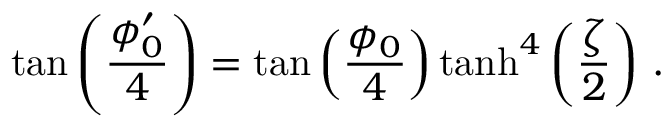
\tan \left( \frac { \phi _ { 0 } ^ { \prime } } { 4 } \right) = \tan \left( \frac { \phi _ { 0 } } { 4 } \right) \operatorname { t a n h } ^ { 4 } \left( \frac { \zeta } { 2 } \right) \, .